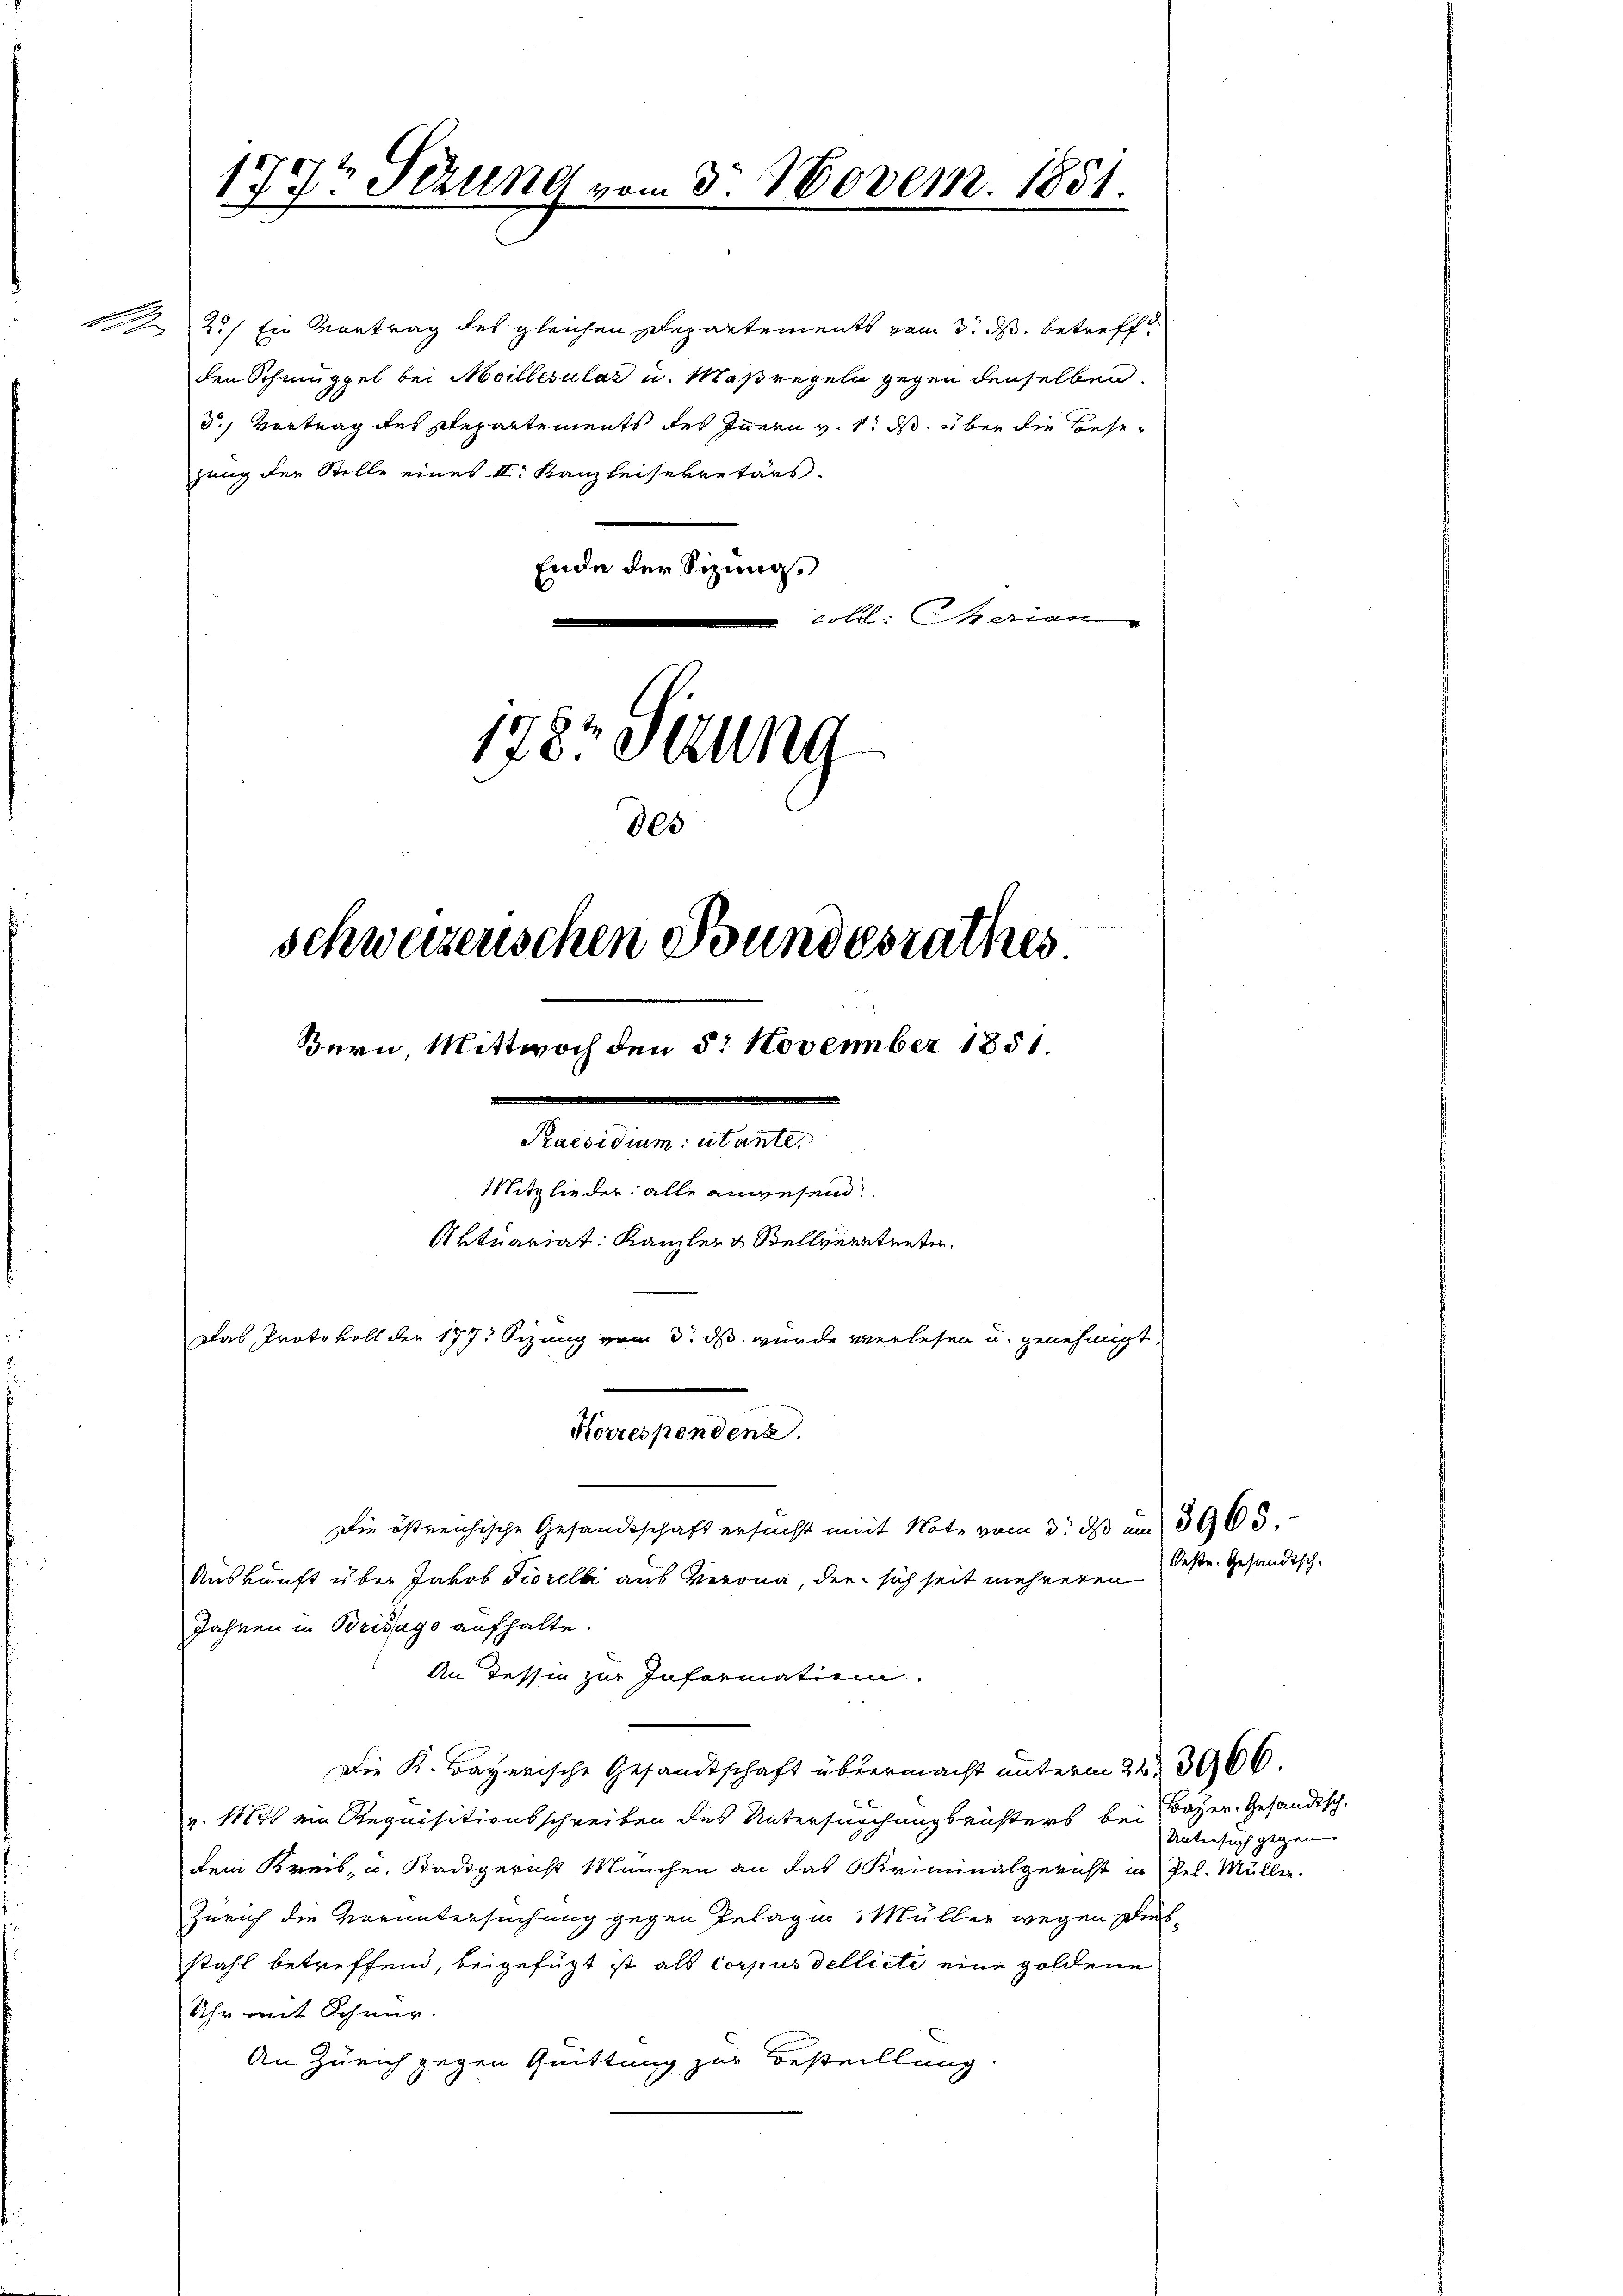
2.) Ein Vortrag des gleichen Departements vom 3. ds. betreff
den Schmüppel bei Meillesular u. Maßregeln gegen denselben
d.) Vortrag des Departements des Innern v. 1. ds. über die Besezung der Stelle eines II. Kanzleisekretärs.
Ende der Sizung.
coll. Serian

177t Sezung vom 3. Novem. 1881.

1787 Sirung
805
schweizerischen Bundesrathes
Bern, Mittwoch den 5. November 1851.
Praesidium utante,
Mitglieder alle anwesend
Aktuariat: Kanzler & Stellvertreten.
Das Protokoll der 177. Sizung vom 3. ds. wurde verlesen u. genehmigt
Korrespendenz.
Die östreichische Gesandtschaft ersucht mit Note vom 3. ds um 3965.
Auskunft über Jakob Fiorelli aus Verona, der sich seit mehreren
Jahren in Brisago aufhalte.

An Tessin zur Information.
Die K. Bayerische Gesandtschaft übermacht unterm 22. 3966.
v. 1846 ein Requisitionsschreiben des Untersuchungsrichters bei Bayer. Gesandtsch-
dem Kreis- u. Badgericht München an das Kriminalgericht in Pel. Müller-
Zürich die Voruntersuchung gegen Gelagin Müller wegen Diebstahl betreffend, beigefügt ist als Corpus delliete eine goldene
Uhr mit Schnür.
An Zürich gegen Quittung zur Bestellung

Oese. Gesandtsch

Untersuch gegenn